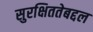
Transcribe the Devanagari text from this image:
सुरक्षिततेबद्दल